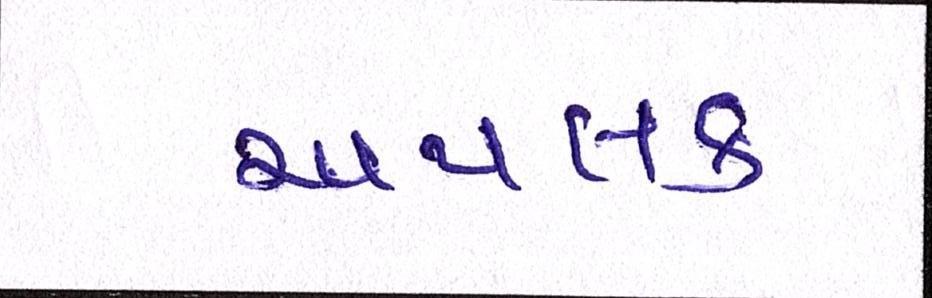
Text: અપલક